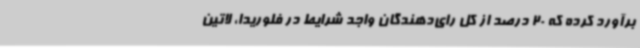
برآورد کرده که 20 درصد از کل رای‌دهندگان واجد شرایط در فلوریدا، لاتین